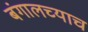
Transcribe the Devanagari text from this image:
बंगालच्याच